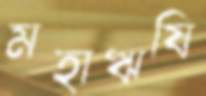
মহাঋষি